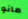
مانو